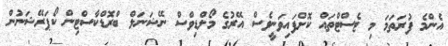
އެންމެ ފުރަތަމަ މި ޓެސްޓްތައް ކޮށްފައިވަނީވެސް އޭރުގެ މޯލްޑިވްސް ނޭޝަނަލް ބްރޮޑްކާސްޓިން ކޯޕަރޭޝަނުން